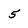
Character: 5